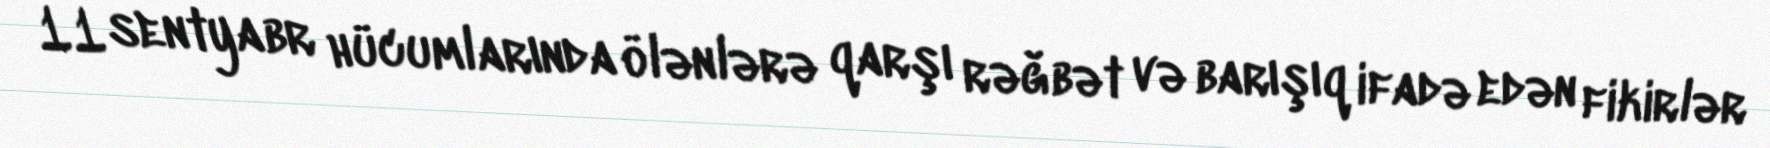
11 sentyabr hücumlarında ölənlərə qarşı rəğbət və barışıq ifadə edən fikirlər